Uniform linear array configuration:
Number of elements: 24
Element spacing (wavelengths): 0.75
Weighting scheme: cosine
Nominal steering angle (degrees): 45
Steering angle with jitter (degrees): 45.828
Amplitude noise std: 0.05
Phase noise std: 0.05

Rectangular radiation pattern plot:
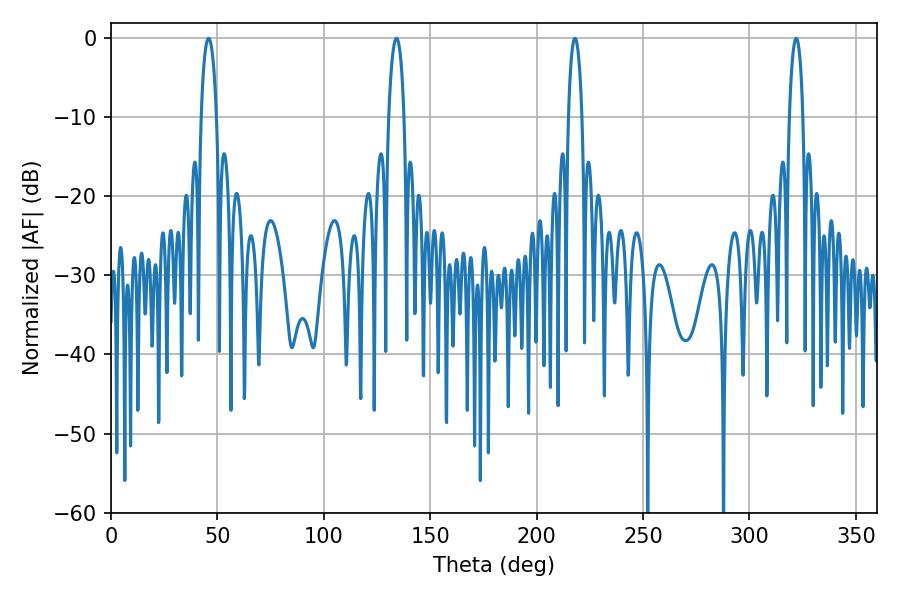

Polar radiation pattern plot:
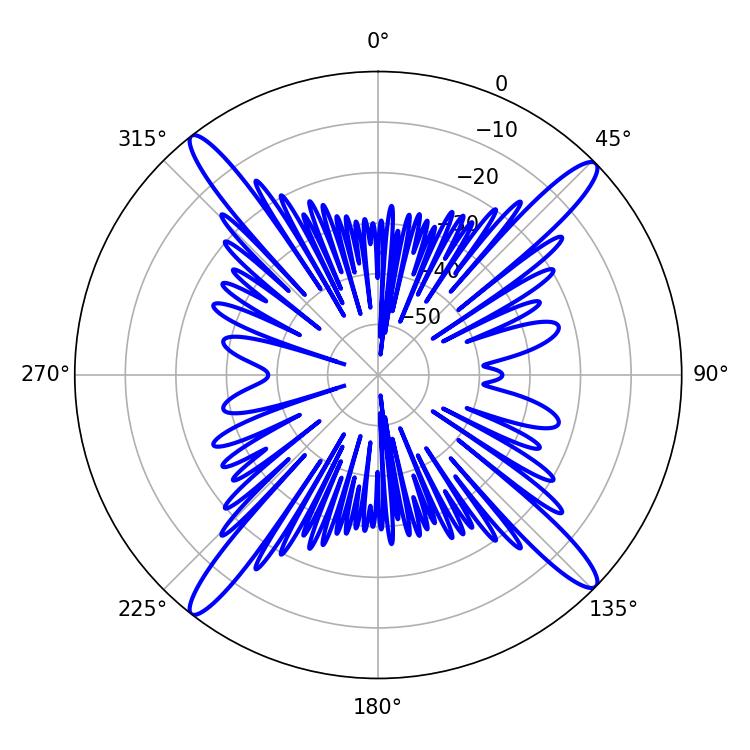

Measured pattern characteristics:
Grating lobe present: TRUE
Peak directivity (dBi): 18.523
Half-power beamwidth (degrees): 3.6
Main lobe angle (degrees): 217.98